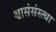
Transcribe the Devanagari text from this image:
श्वासंसंस्त्था